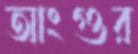
আংগুর